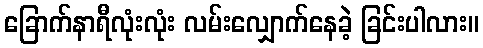
ခြောက်နာရီလုံးလုံး လမ်းလျှောက်နေခဲ့ ခြင်းပါလား။